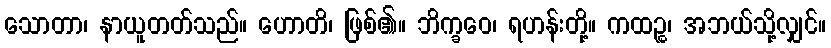
သောတာ၊ နာယူတတ်သည်။ ဟောတိ၊ ဖြစ်၏။ ဘိက္ခဝေ၊ ရဟန်းတို့။ ကထဉ္စ၊ အဘယ်သို့လျှင်။